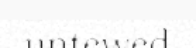
untewed